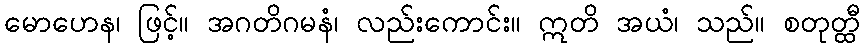
မောဟေန၊ ဖြင့်။ အဂတိဂမနံ၊ လည်းကောင်း။ ဣတိ အယံ၊ သည်။ စတုတ္ထီ